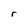
Character: r